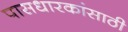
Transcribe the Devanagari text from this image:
पासधारकांसाठी